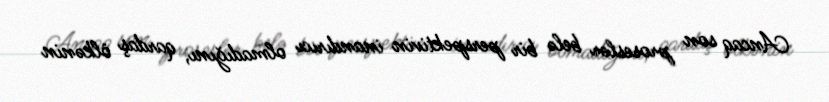
Ancaq son proseslər belə bir perspektivin inandırıcı olmadığını, qardaş ölkənin